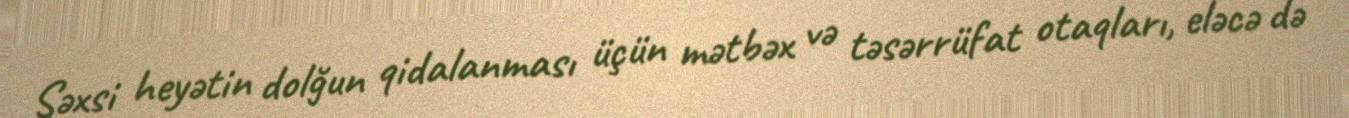
Şəxsi heyətin dolğun qidalanması üçün mətbəx və təsərrüfat otaqları, eləcə də